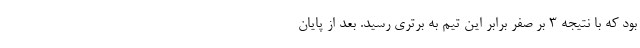
بود که با نتیجه 3 بر صفر برابر این تیم به برتری رسید. بعد از پایان